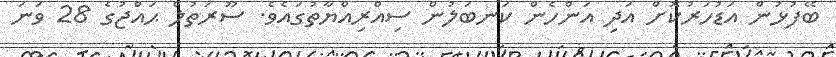
ބޭފުޅުން އަޑުހަރުކޮށް އަދި އަންހެން ކަނބަލުން ސިއްރިއްޔާތުގައެވެ. ސޫރަތުލް ޙައްޖުގެ 28 ވަނަ